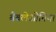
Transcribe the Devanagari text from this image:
बैबलेओनिया